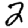
Digit: 2